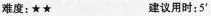
难度:★★ 建议用时:5'